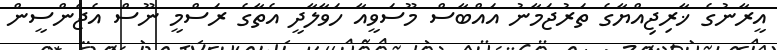
އީރާނުގެ ޚާރިޖިއްޔާގެ ތަރުޖަމާނު އައްބާސް މޫސަވީއާ ހަވާލާދީ އެތާގެ ރަސްމީ ނޫސް އެޖެންސީން